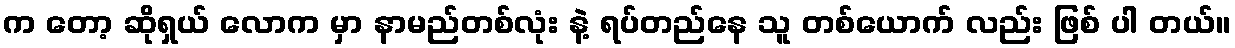
က တော့ ဆိုရှယ် လောက မှာ နာမည်တစ်လုံး နဲ့ ရပ်တည်နေ သူ တစ်ယောက် လည်း ဖြစ် ပါ တယ်။